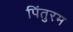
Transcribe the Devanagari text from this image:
पिंतुरम